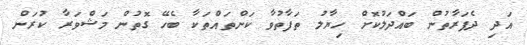
އަދި ދެފަރާތުން ބައްދަލުކޮށް ހިޔާލު ތަފާތުވާ ކަންތައްތަކާ ބެހޭ ގޮތުން މަޝްވަރާ ކުރަން